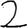
Digit: 2